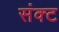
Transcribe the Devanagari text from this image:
संक्ट